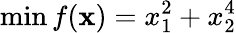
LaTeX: \operatorname*{min}f(\mathbf{x})=x_{1}^{2}+x_{2}^{4}